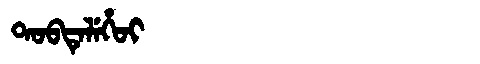
Manchu: ᡨᠣᠪᡨᡝᠯᡝᡥᠣᡳ
Romanization: TOBTELEHOI